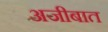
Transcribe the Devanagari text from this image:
अजीबात